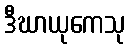
ဒီဃာယုကေသု